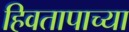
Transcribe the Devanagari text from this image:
हिवतापाच्या